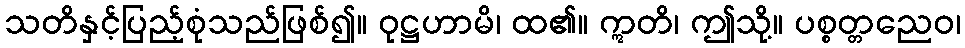
သတိနှင့်ပြည့်စုံသည်ဖြစ်၍။ ဝုဋ္ဌဟာမိ၊ ထ၏။ ဣတိ၊ ဤသို့။ ပစ္စတ္တညေဝ၊